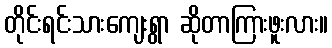
တိုင်းရင်းသားကျေးရွာ ဆိုတာကြားဖူးလား။